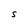
Character: S